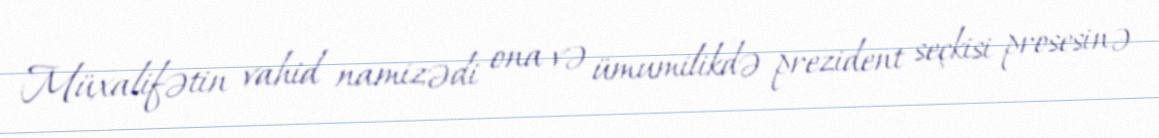
Müxalifətin vahid namizədi ona və ümumilikdə prezident seçkisi prosesinə